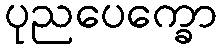
ပုညပေက္ခော